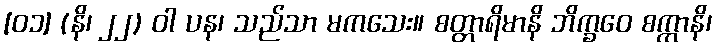
[၀၁] (နိ၊ ၂၂) ဝါ ပန၊ သည်သာ မကသေး။ စတ္တာရိမာနိ ဘိက္ခဝေ စက္ကာနိ၊